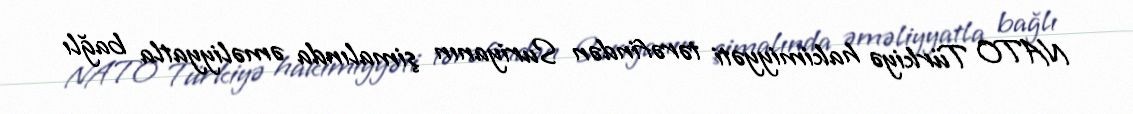
NATO Türkiyə hakimiyyəti tərəfindən Suriyanın şimalında əməliyyatla bağlı